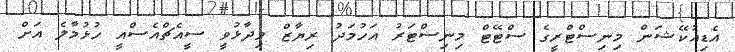
އެޑިއުކޭޝަން މިނިސްޓްރީގެ ސްޓޭޓް މިނިސްޓަރު އަހުމަދު ރިޔާޒް ވިދާޅުވީ ސީއެޗްއެސްއީ ހުޅުމާލެ އަށް